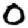
Digit: 0